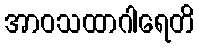
အာဝသထာဂါရေတိ